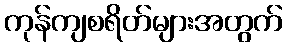
ကုန်ကျစရိတ်များအတွက်